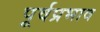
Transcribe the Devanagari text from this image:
पूर्वप्रभाव